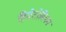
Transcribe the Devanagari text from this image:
हिमेटोबियम